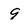
Character: 9